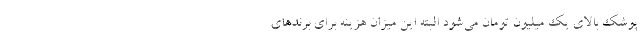
پوشک بالای یک میلیون تومان می‌شود البته این میزان هزینه برای برندهای